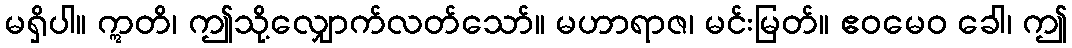
မရှိပါ။ ဣတိ၊ ဤသို့လျှောက်လတ်သော်။ မဟာရာဇ၊ မင်းမြတ်။ ဧဝမေဝ ခေါ၊ ဤ